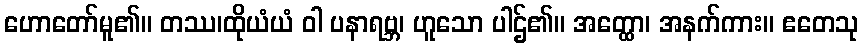
ဟောတော်မူ၏။ တဿ၊ထိုယံယံ ဝါ ပနာရဗ္ဘ၊ ဟူသော ပါဌ်၏။ အတ္ထော၊ အနက်ကား။ ဧတေသု